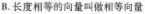
B. 长度相等的向量叫做相等向量